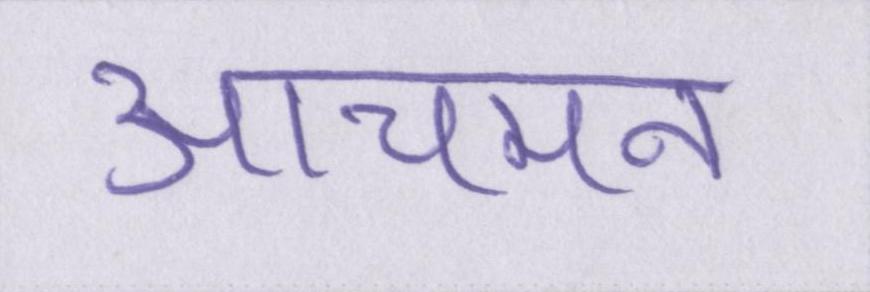
आचमन